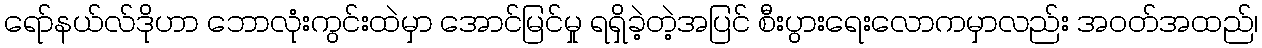
ရော်နယ်လ်ဒိုဟာ ဘောလုံးကွင်းထဲမှာ အောင်မြင်မှု ရရှိခဲ့တဲ့အပြင် စီးပွားရေးလောကမှာလည်း အဝတ်အထည်၊